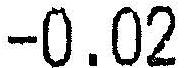
-0.02